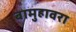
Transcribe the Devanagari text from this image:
बामुहावरा